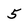
Character: 5